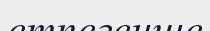
етпегенше